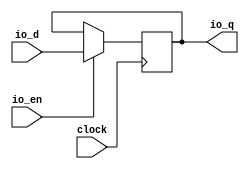
module ClockCrossingReg_w15( // @[:freechips.rocketchip.system.DefaultRV32Config.fir@169548.2]
  input         clock, // @[:freechips.rocketchip.system.DefaultRV32Config.fir@169549.4]
  input  [14:0] io_d, // @[:freechips.rocketchip.system.DefaultRV32Config.fir@169551.4]
  output [14:0] io_q, // @[:freechips.rocketchip.system.DefaultRV32Config.fir@169551.4]
  input         io_en // @[:freechips.rocketchip.system.DefaultRV32Config.fir@169551.4]
);
`ifdef RANDOMIZE_REG_INIT
  reg [31:0] _RAND_0;
`endif // RANDOMIZE_REG_INIT
  reg [14:0] cdc_reg; // @[Reg.scala 15:16:freechips.rocketchip.system.DefaultRV32Config.fir@169553.4]
  assign io_q = cdc_reg; // @[SynchronizerReg.scala 192:8:freechips.rocketchip.system.DefaultRV32Config.fir@169557.4]
`ifdef RANDOMIZE_GARBAGE_ASSIGN
`define RANDOMIZE
`endif
`ifdef RANDOMIZE_INVALID_ASSIGN
`define RANDOMIZE
`endif
`ifdef RANDOMIZE_REG_INIT
`define RANDOMIZE
`endif
`ifdef RANDOMIZE_MEM_INIT
`define RANDOMIZE
`endif
`ifndef RANDOM
`define RANDOM $random
`endif
`ifdef RANDOMIZE_MEM_INIT
  integer initvar;
`endif
`ifndef SYNTHESIS
`ifdef FIRRTL_BEFORE_INITIAL
`FIRRTL_BEFORE_INITIAL
`endif
initial begin
  `ifdef RANDOMIZE
    `ifdef INIT_RANDOM
      `INIT_RANDOM
    `endif
    `ifndef VERILATOR
      `ifdef RANDOMIZE_DELAY
        #`RANDOMIZE_DELAY begin end
      `else
        #0.002 begin end
      `endif
    `endif
`ifdef RANDOMIZE_REG_INIT
  _RAND_0 = {1{`RANDOM}};
  cdc_reg = _RAND_0[14:0];
`endif // RANDOMIZE_REG_INIT
  `endif // RANDOMIZE
end // initial
`ifdef FIRRTL_AFTER_INITIAL
`FIRRTL_AFTER_INITIAL
`endif
`endif // SYNTHESIS
  always @(posedge clock) begin
    if (io_en) begin
      cdc_reg <= io_d;
    end
  end
endmodule